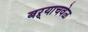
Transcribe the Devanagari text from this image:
बऱ्याचवेळ